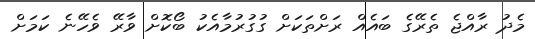
މެދު ރާއްޖެ ތެރޭގެ ބައެއް ރަށްތަކަށް ގުގުރުމާއެކު ބޯކޮށް ވާރޭ ވެހޭނެ ކަމަށް